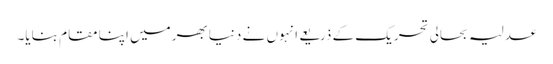
عدلیہ بحالی تحریک کے ذریعے انہوں نے دنیا بھرمیں اپنا مقام بنایا۔